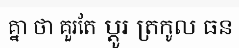
គ្នា ថា គួរតែ ប្តូរ ត្រកូល ធន